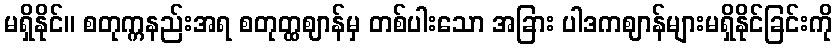
မရှိနိုင်။ စတုက္ကနည်းအရ စတုတ္ထဈာန်မှ တစ်ပါးသော အခြား ပါဒကဈာန်များမရှိနိုင်ခြင်းကို